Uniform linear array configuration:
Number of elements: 64
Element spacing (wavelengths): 0.75
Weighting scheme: exponential
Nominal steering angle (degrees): -15
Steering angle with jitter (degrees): -14.629
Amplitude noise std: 0.05
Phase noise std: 0.05

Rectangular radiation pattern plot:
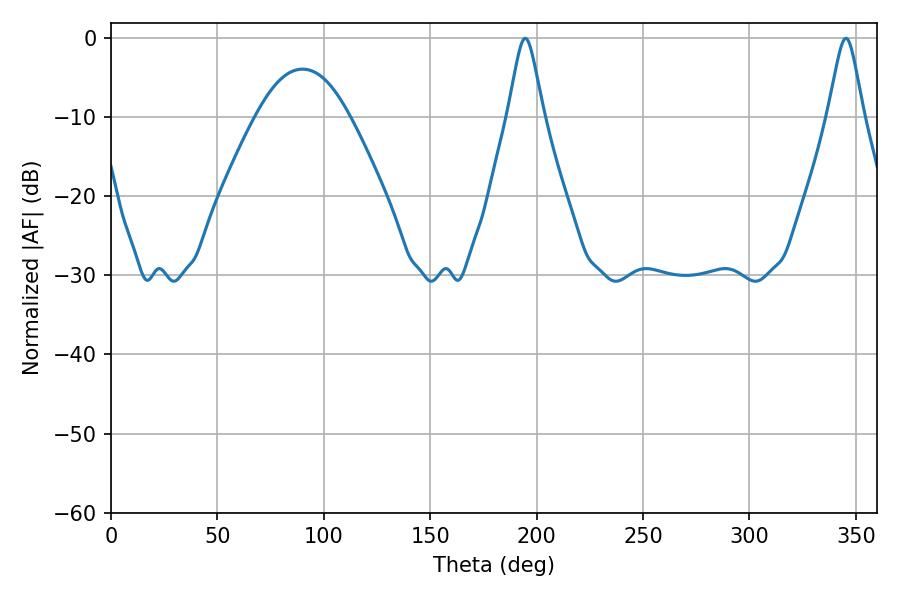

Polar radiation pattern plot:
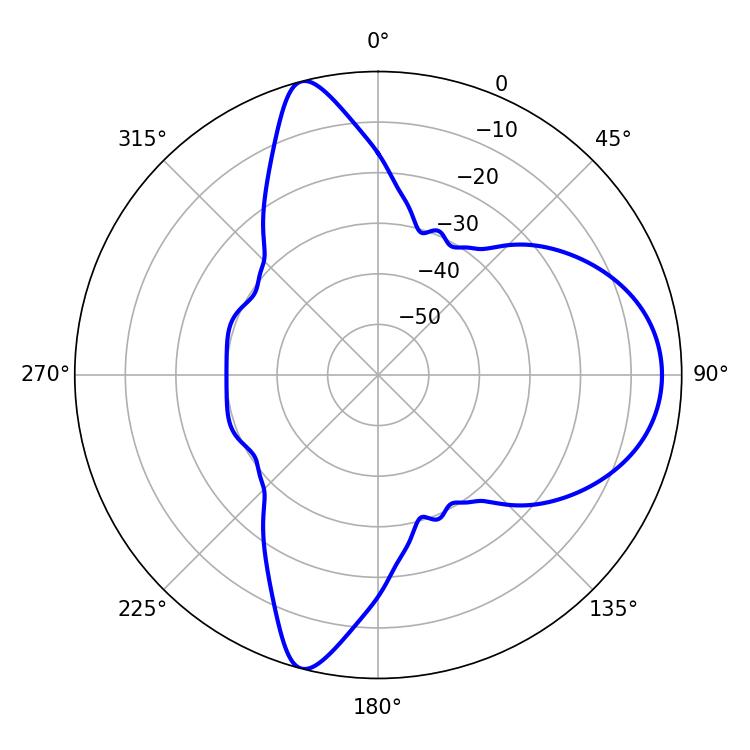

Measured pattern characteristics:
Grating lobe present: TRUE
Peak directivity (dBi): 11.327
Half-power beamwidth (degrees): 7.92
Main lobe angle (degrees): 194.58